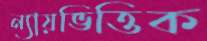
ন্যায়ভিত্তিক